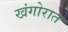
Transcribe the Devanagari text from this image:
खंगोरात